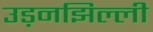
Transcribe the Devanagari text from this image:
उड़नझिल्ली